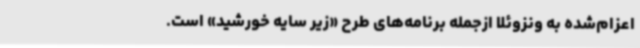
اعزام‌شده به ونزوئلا ازجمله‌ برنامه‌های طرح «زیر سایه خورشید» است.